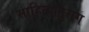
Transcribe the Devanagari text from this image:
साहित्यानुराग